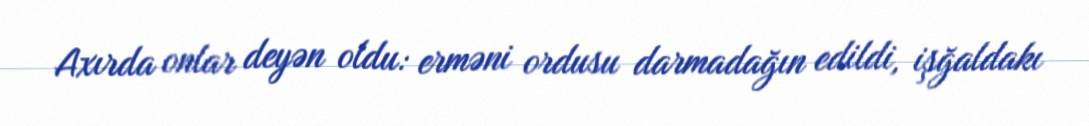
Axırda onlar deyən oldu: erməni ordusu darmadağın edildi, işğaldakı